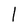
Character: l